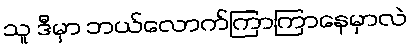
သူ ဒီမှာ ဘယ်လောက်ကြာကြာနေမှာလဲ